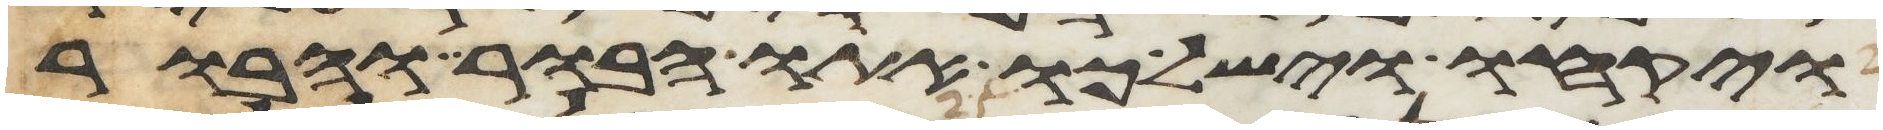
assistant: ויקחו וישלכו אתו הבור והבור